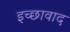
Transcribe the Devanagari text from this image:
इच्छावाद